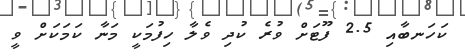
ކަހަނބާއި 2.5 ފޫޓަށް ވުރެ ކުދި ވެލާ ހިފުމަކީ މަނާ ކަމަކަށް ވީ